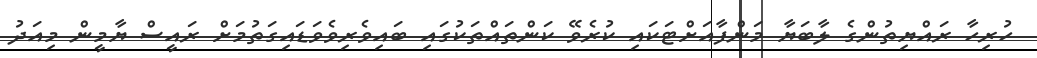
ހުރިހާ ރައްޔިތުންގެ ލާބަޔާ މަންފާއަށްޓަކައި ކުރެވޭ ކަންތައްތަކުގައި ބައިވެރިވެވަޑައިގަތުމަށް ރައީސް ޔާމީން މިއަދު